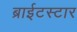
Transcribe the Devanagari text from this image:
ब्राईटस्टार